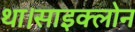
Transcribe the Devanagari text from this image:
था।साइक्लोन